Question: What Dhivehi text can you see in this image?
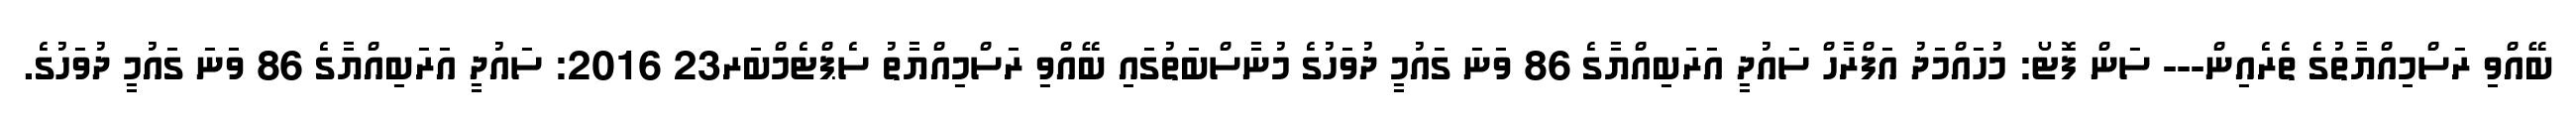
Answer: ބޭއްވި ރަސްމިއްޔާތުގެ ތެރެއިން--- ސަން ފޮޓޯ: މުހައްމަދު އަފްރާހް ސައުދީ އަރަބިއްޔާގެ 86 ވަނަ ގައުމީ ދުވަހުގެ މުނާސްބަތުގައި ބޭއްވި ރަސްމިއްޔާތު ސެޕްޓެމްބަރ23 2016: ސައުދީ އަރަބިއްޔާގެ 86 ވަނަ ގައުމީ ދުވަހުގެ.